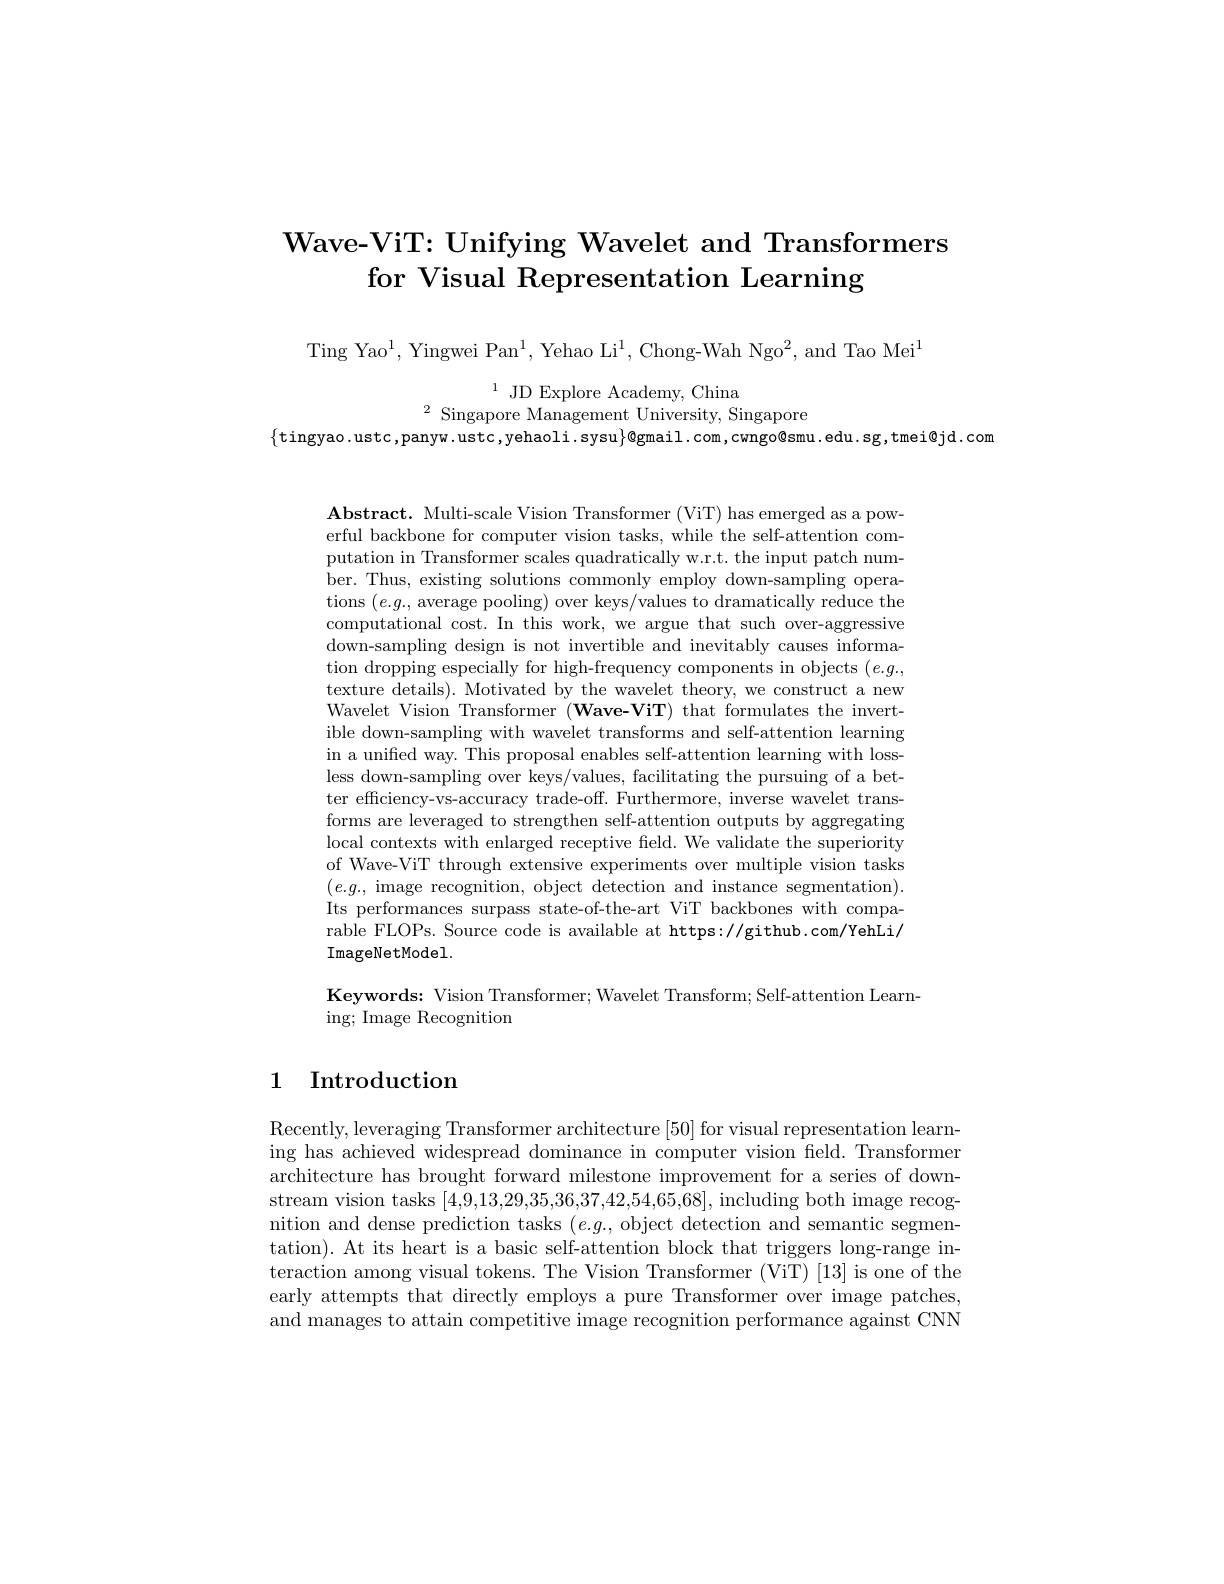
# Wave-ViT: Unifying Wavelet and Transformers for Visual Representation Learning

Ting Yao$^1$,Yingwei Pan$^1$,Yehao Li$^1$,Chong-Wah Ngo$^2$,and Tao Mei$^1$

$^{1}$JD Explore Academy, China
$^{2}$ Singapore Management University, Singapore
$\{$tingyao.ustc,panyw.ustc,yehaoli.sysu$\}$@gmail.com,cwngo@smu.edu.sg,tmei@jd.com

$\mathbf{Abstract.~Multi-scale~Vision~Transformer~(ViT)~has~emerged~as~a~pow-}$ erful backbone for computer vision tasks, while the self-attention computation in Transformer scales quadratically w.r.t. the input patch number. Thus, existing solutions commonly employ down-sampling operations $(e.g.$, average pooling) over keys/values to dramatically reduce the computational cost. In this work, we argue that such over-aggressive down-sampling design is not invertible and inevitably causes information dropping especially for high-frequency components in objects $(e.g.$, texture details). Motivated by the wavelet theory, we construct a new Wavelet Vision Transformer $( \textbf{Wave- ViT})$ that formulates the invertible down-sampling with wavelet transforms and self-attention learning in a unifed way. This proposal enables self-attention learning with lossless down-sampling over keys/values, facilitating the pursuing of a better efficiency-vs-accuracy trade-off. Furthermore, inverse wavelet transforms are leveraged to strengthen self-attention outputs by aggregating local contexts with enlarged receptive feld. We validate the superiority of Wave-ViT through extensive experiments over multiple vision tasks $(e.g.$, image recognition, object detection and instance segmentation). Its performances surpass state-of-the-art ViT backbones with comparable FLOPs. Source code is available at https://github.com/YehLi/ ImageNetModel.

Keywords: Vision Transformer; Wavelet Transform; Self-attention Learn-
ing; Image Recognition

### 1 Introduction

Recently, leveraging Transformer architecture [ 50] for visual representation learn- ing has achieved widespread dominance in computer vision field. Transformer architecture has brought forward milestone improvement for a series of downstream vision tasks [4,9,13,29,35,36,37,42,54,65,68], including both image recognition and dense prediction tasks $(e.g.$, object detection and semantic segmentation). At its heart is a basic self-attention block that triggers long-range interaction among visual tokens. The Vision Transformer (ViT) [13] is one of the early attempts that directly employs a pure Transformer over image patches and manages to attain competitive image recognition performance against CNN